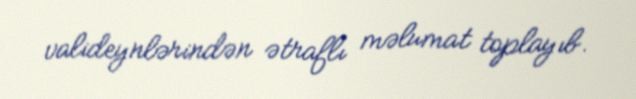
valideynlərindən ətraflı məlumat toplayıb.